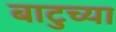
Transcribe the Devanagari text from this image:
बाटुच्या